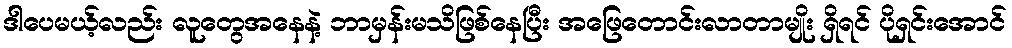
ဒါပေမယ့်လည်း လူတွေအနေနဲ့ ဘာမှန်းမသိဖြစ်နေပြီး အဖြေတောင်းလာတာမျိုး ရှိရင် ပိုရှင်းအောင်